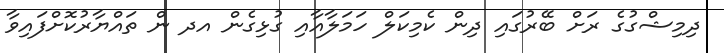
ދިމިޝްގުގެ ރަށް ބޭރުގައި ދިން ކެމިކަލް ހަމަލާއާއި ގުޅިގެން އދ ން ތައްޔާރުކޮށްފައިވާ